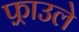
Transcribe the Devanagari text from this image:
फ़्राउले